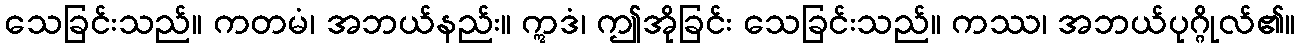
သေခြင်းသည်။ ကတမံ၊ အဘယ်နည်း။ ဣဒံ၊ ဤအိုခြင်း သေခြင်းသည်။ ကဿ၊ အဘယ်ပုဂ္ဂိုလ်၏။